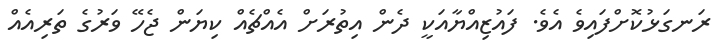
ރަނގަޅުކޮށްފައިވެ އެވެ. ފައުޒިއްޔާއަކީ ދެން އިތުރަށް އެއްޗެއް ކިޔަން ޖެހޭ ވަރުގެ ތަރިއެއް